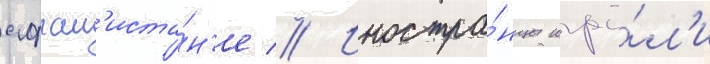
афган'иста́н'е // Иностра́нцы игра́л'и